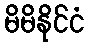
မိမိနိုင်ငံ